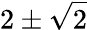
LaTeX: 2\pm\sqrt{2}